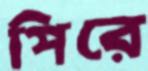
পিরে